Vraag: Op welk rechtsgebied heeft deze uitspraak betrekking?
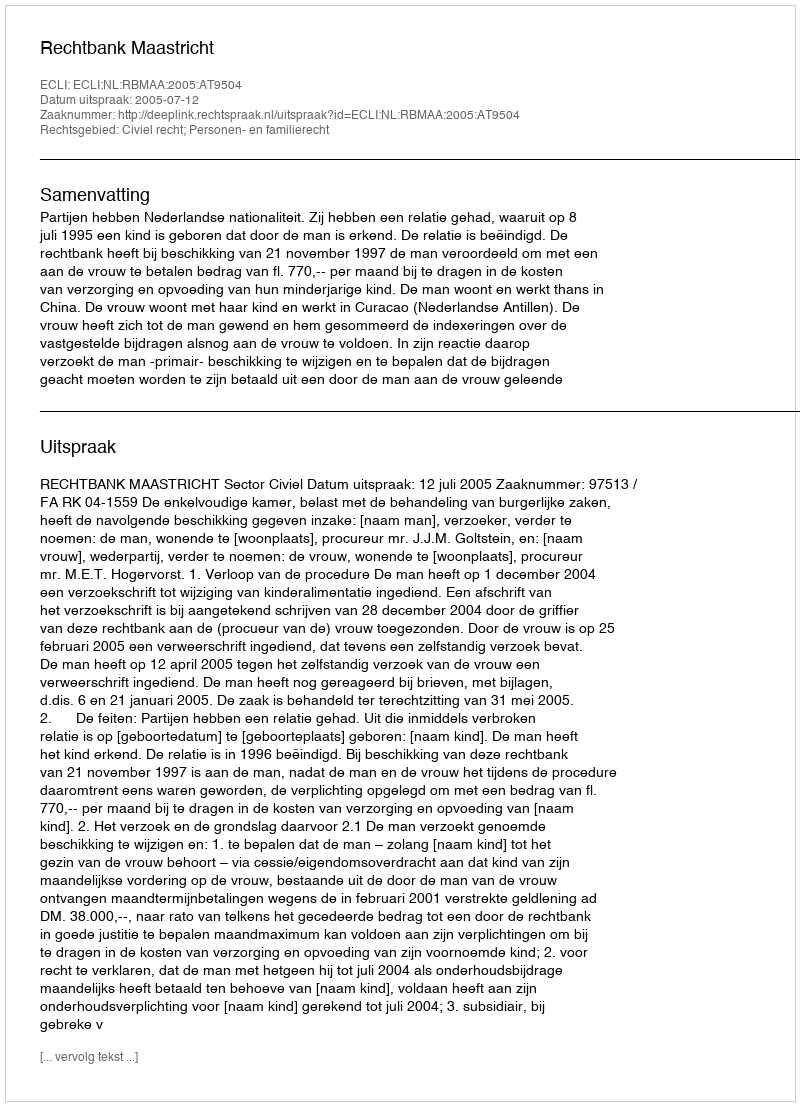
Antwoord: Civiel recht; Personen- en familierecht